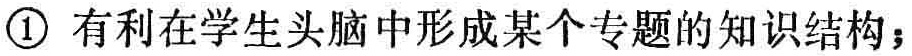
\textcircled{1} 有利在学生头脑中形成某个专题的知识结构；